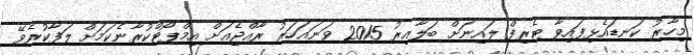
މިހާރު ކަނޑައެޅިފައިވާ ޓެރިފް ލައިނަށް ބަލާއިރު 2015 ވަނައަހަރު ރާއްޖެއަށް އިމްޕޯޓްކުރާނެކަމަށް ލަފާކުރެވޭ